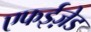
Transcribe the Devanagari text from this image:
एफईज़ेड